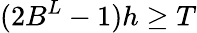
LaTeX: (2B^{L}-1)h\ge T